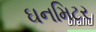
ઘનમિટર